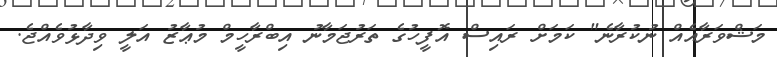
މަޝްވަރާއެއް ނުކުރާނެ" ކަމަށް ރައިސް އޮފީހުގެ ތަރުޖަމާނު އިބްރާހީމް މުޢާޒު އަލީ ވިދާޅުވެއްޖެ.